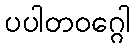
ပပါတဝဂ္ဂေါ